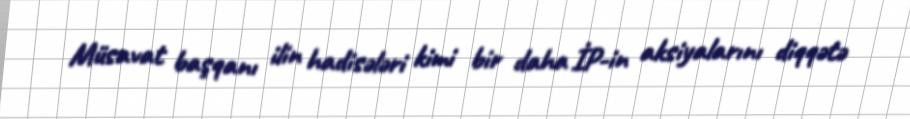
Müsavat başqanı ilin hadisələri kimi bir daha İP-in aksiyalarını diqqətə